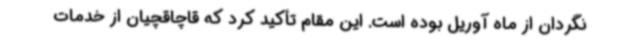
نگردان از ماه آوریل بوده است. این مقام تأکید کرد که قاچاقچیان از خدمات